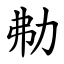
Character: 㔗